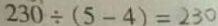
2 3 0 \div ( 5 - 4 ) = 2 3 0